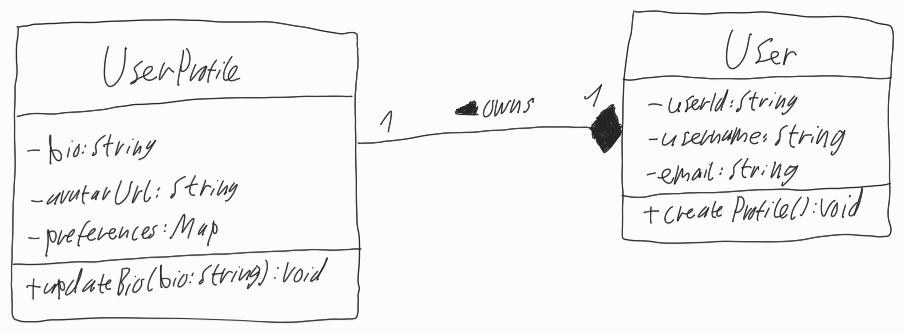
Diagram type: class_diagram
```plantuml
@startuml

left to right direction

class UserProfile {
  - bio: String
  - avatarUrl: String
  - preferences: Map
  + updateBio(bio: String): void
}

class User {
  - userId: String
  - username: String
  - email: String
  + createProfile(): void
}

UserProfile "1" --* "1" User : owns <

@enduml
```